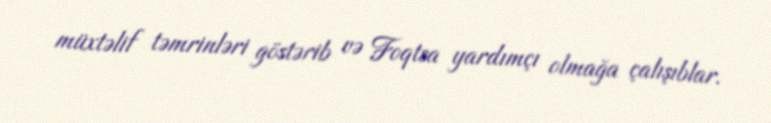
müxtəlif təmrinləri göstərib və Foqtsa yardımçı olmağa çalışıblar.